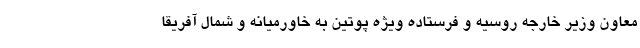
معاون وزیر خارجه روسیه و فرستاده ویژه پوتین به خاورمیانه و شمال آفریقا